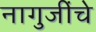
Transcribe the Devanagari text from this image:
नागुजींचे